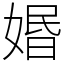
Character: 㛰